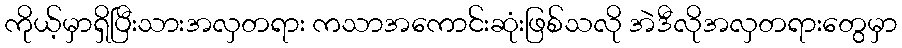
ကိုယ့်မှာရှိပြီးသားအလှတရား ကသာအကောင်းဆုံးဖြစ်သလို အဲဒီလိုအလှတရားတွေမှာ